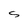
Character: S